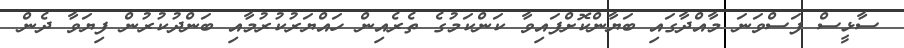
ސާޅީސް ފަސްވަނަ މާއްދާގައި ބަޔާންކޮށްފައިވާ ކަންކަމުގެ ތެރެއިން ހައްޔަރުކުރުމާއި ބަންދުކުރުން ފިޔަވާ ދެން